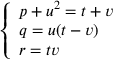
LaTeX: \left\{ { \begin{array} { l } { p + u ^ { 2 } = t + v } \\ { q = u ( t - v ) } \\ { r = t v } \end{array} } \right.